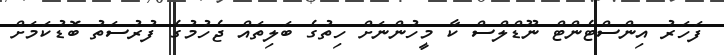
ފަހަރު އިންސްޓެންޓް ނޫޑްލްސް ކާ މީހުންނަށް ހިތުގެ ބަލިތައް ޖެހުމުގެ ފުރުސަތު ބޮޑުކަމަށް